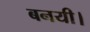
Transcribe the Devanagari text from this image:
बनयी।